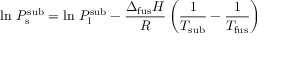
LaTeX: \ln \, P _ { \mathrm { { s } } } ^ { \mathrm { { s u b } } } = \ln \, P _ { \mathrm { { l } } } ^ { \mathrm { { s u b } } } - { \frac { \Delta _ { \mathrm { { f u s } } } H } { R } } \left( { \frac { 1 } { T _ { \mathrm { { s u b } } } } } - { \frac { 1 } { T _ { \mathrm { { f u s } } } } } \right)